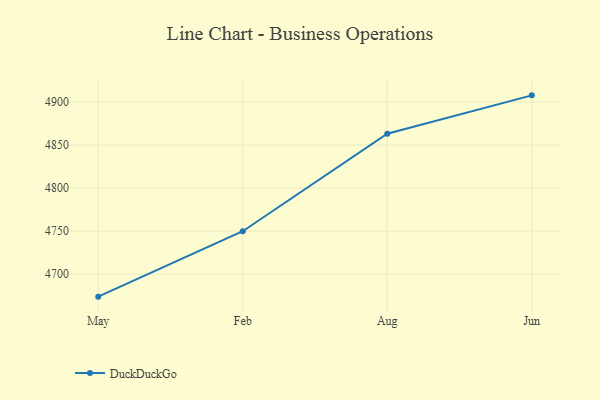
{"axis": {"x": "Month", "y": "Latency (ms)"}, "legend": ["DuckDuckGo"], "data": [{"x": "May", "y": 4673.7, "type": "DuckDuckGo"}, {"x": "Feb", "y": 4749.8, "type": "DuckDuckGo"}, {"x": "Aug", "y": 4863.2, "type": "DuckDuckGo"}, {"x": "Jun", "y": 4907.8, "type": "DuckDuckGo"}]}